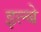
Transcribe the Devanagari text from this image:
इल्बे